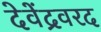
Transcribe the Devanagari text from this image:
देवेंद्रवरद